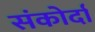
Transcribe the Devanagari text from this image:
संकोर्दा